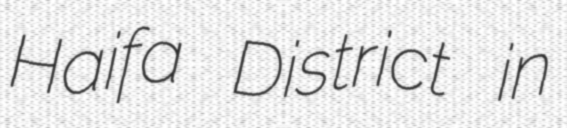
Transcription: Haifa District in